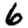
Digit: 6